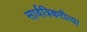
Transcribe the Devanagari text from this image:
सार्वत्रिकरीत्या